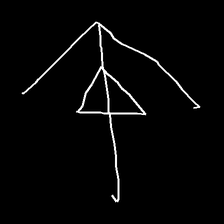
Glyph: pull